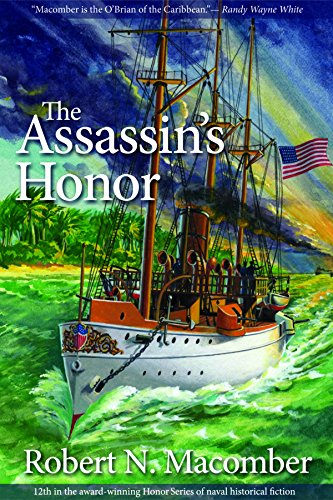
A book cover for The Assassin's Honor (Honor Series); Robert N. Macomber; Literature & Fiction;